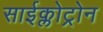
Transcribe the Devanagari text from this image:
साईक्लोट्रोन